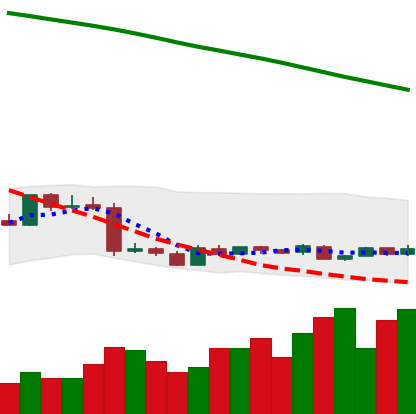
Ticker: XMR-USD
Chart end date: 2019-01-24
Forward return: -4.528%
Label: down_3_5